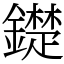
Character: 𨭣